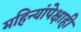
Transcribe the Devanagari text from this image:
महिन्यांपेक्षाही